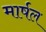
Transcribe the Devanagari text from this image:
मार्षल